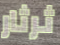
ثرثار